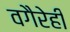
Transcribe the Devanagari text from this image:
वगैरेही